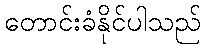
တောင်းခံနိုင်ပါသည်